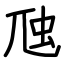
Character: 虺